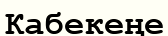
Кабекеңе